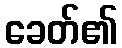
ခေတ်၏